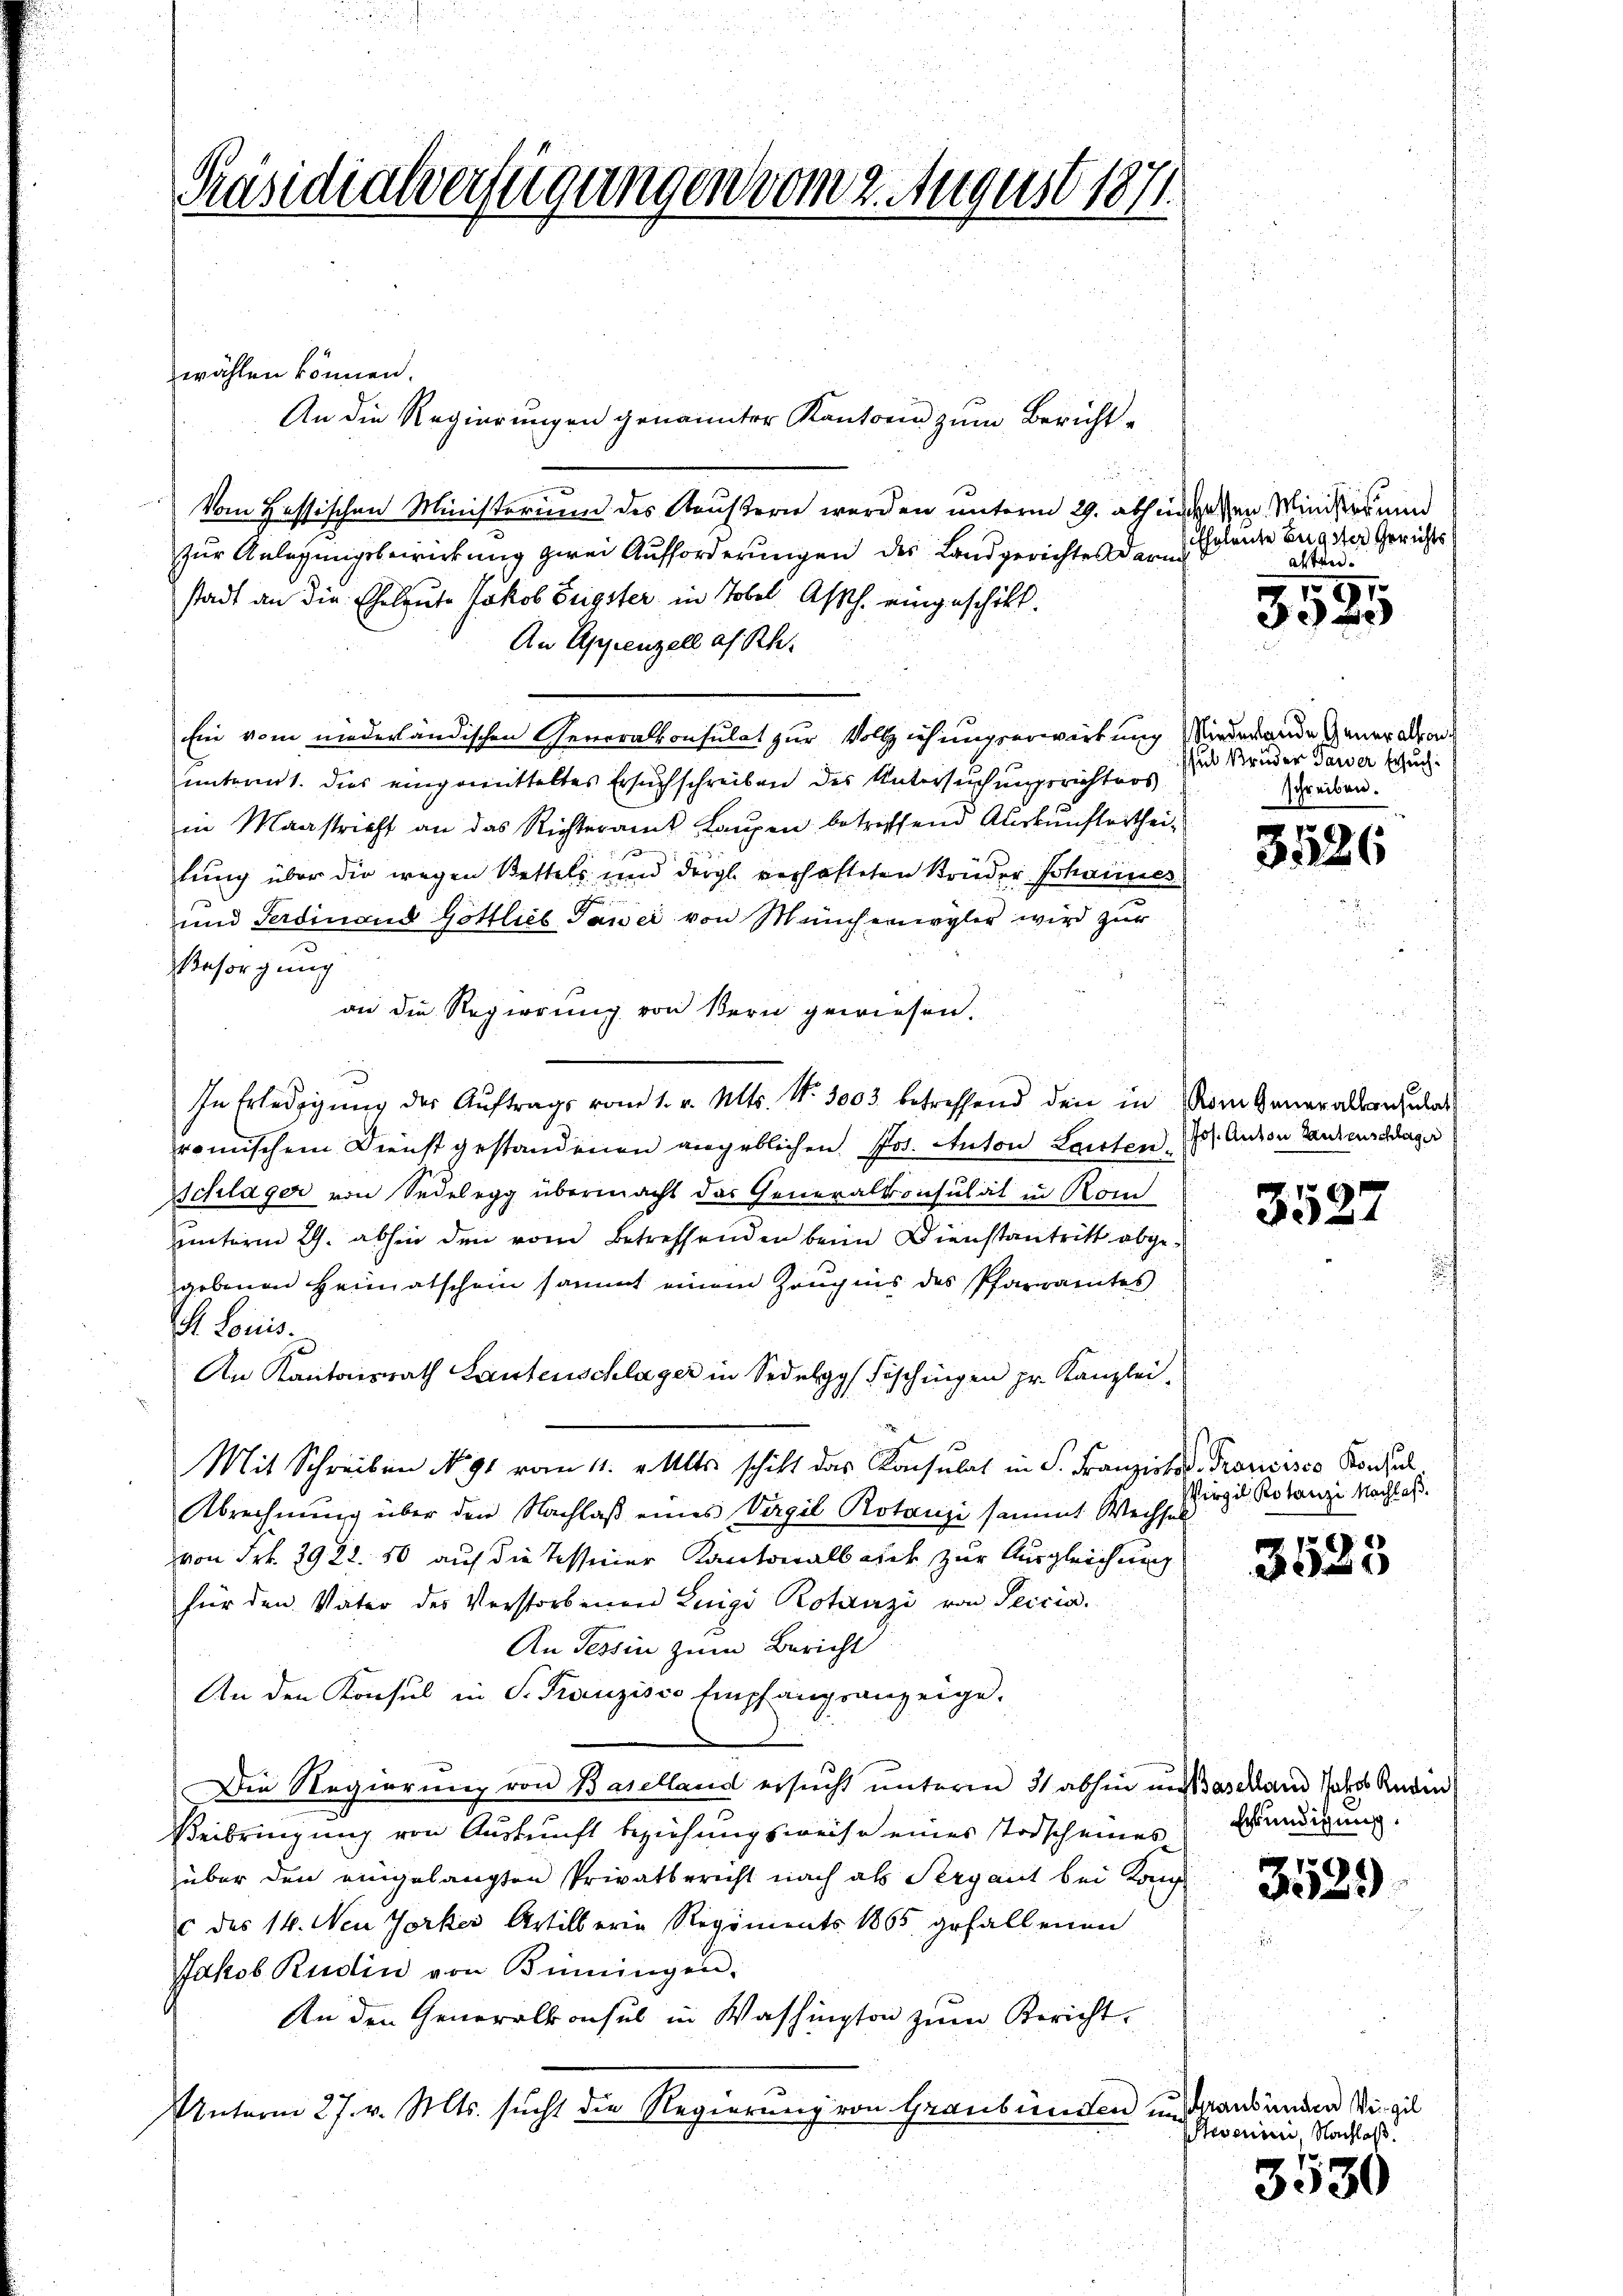
Präsidialverfügungen vom 2. August 1871.

wählen können.
An die Regierungen genannter Kanton zum Bericht¬
Vom Lessischen Ministerium des Aeußern werden unterm 29. abhin
zur Anlassungsbewirkung zwei Aufforderungen des Landgerichtes darin
stadt an die Eheleute Jakob Teigster in Tobel. Asth. eingeschikt.
An Appenzell a. Rh.
Ein vom niederländischen Generalkonsulat zur Vollziehungserwirkung
unterm 1. dies eingemitteltes Ersuchschreiben des Untersuchungsrichters
in Maastricht an das Richteramt Laupen betreffend Auskunftertheilung über die wegen Bettels und dergl. verhafteten Struder Schauner
und Ferdinand Göttlieb Pawei von Müncherwyler wird zur
Besorgung
an die Regierung von Bern gewiesen.

In Erledigŭng der Aŭftrags vom 1. v. Mts. Nr. 3003 betreffend den in
römischem Dienst gestandenen angeblichen. Jos. Anton Lauten¬
Schläger von Sedelegg übermacht das Generalkonsulat in Rom
unterm 29. abhin den vom Betreffenden beim Dienstantritt abgegebenen Heimatschein sammt einem Zeugnis des Pfarramtes
. Louis.
An Kantonsrath Lautenschläger in Sedelgy Fischingen pr. Kanzlei-
Mit Schreiben No. 91 vom 11. v. Mts. schickt das Konsulat in S. Franziska - Francisco Konsul
Abrechnung über den Nachlaß eines Virgil Rotanze sammt Wechsel
von Frk. 2922.50 auf die Tessiner Kantonalbauet zur Ausgleichung
für den Vater des Verstorbenen Luigi Rotanzi von Seicia
An Tessin zum Bericht
An den Konsul in S. Franzisco Empfangsanzeige.
Die Regierung von Baselland ersucht unterm 31 abhin un
Beibringung von Auskunft beziehungsweise eines Todscheines
über den eingelangten Privatbericht nach als Sergant bei Kong
c des 14. Neu Jorker Artillerin Regiments 1865 gefallenen
Jakob Rudin von Benningen.
An den Generalkonsul in Washington zum Bericht.
Unterm 27. v. Mts. sucht die Regierung von Graubünden um

hassen Minister und
fholente Engster Gerichts
astrei

Niederlande Generalkon
ssul Bruder Taver Ersuch:
schreiben.

191
3340

e
326

Kom Generalkonsulat
Jos. Anton Lautenschläger

3527

Virgil Rotanzi Nachlaß.

.
30

Baselland Jakob Redin
Erkundigung.

353.

hraubünden Vigil
Stovenien, Nachlaß.

3530